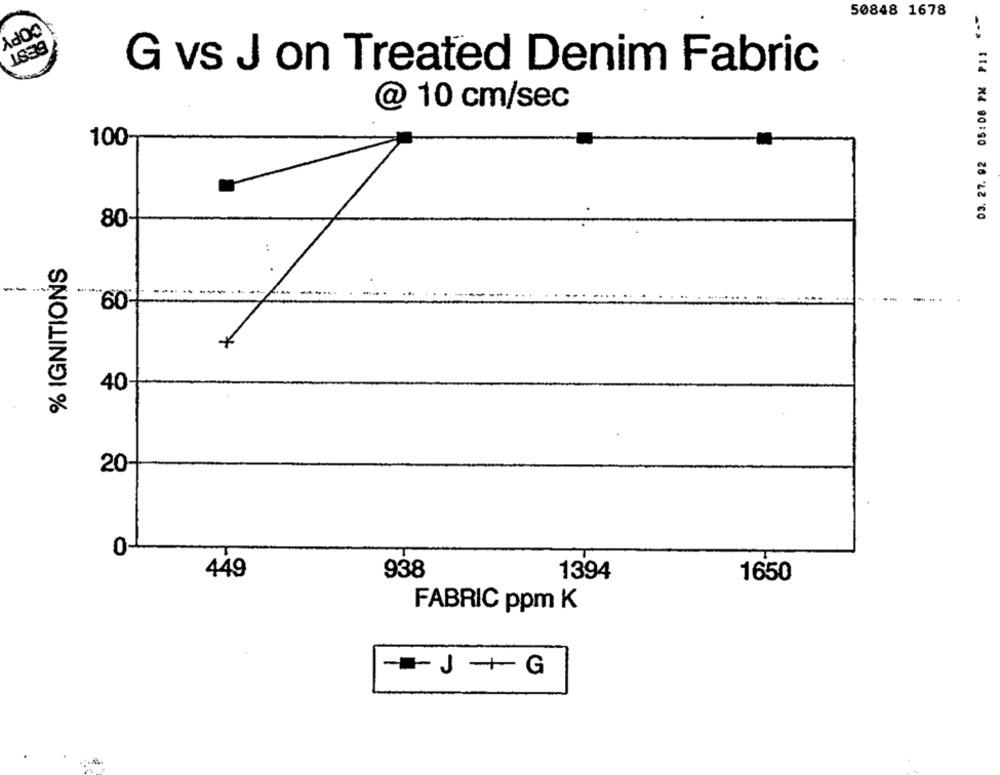
50848 1678
COPY
03. 27. 92 05:08 PM P11
BEST
G vs J on Treated Denim Fabric
@ 10 cm/sec
100-
80-
% IGNITIONS
60-
40-
20-
0-
449
938
1394
1650
FABRIC ppm K
-- J + G